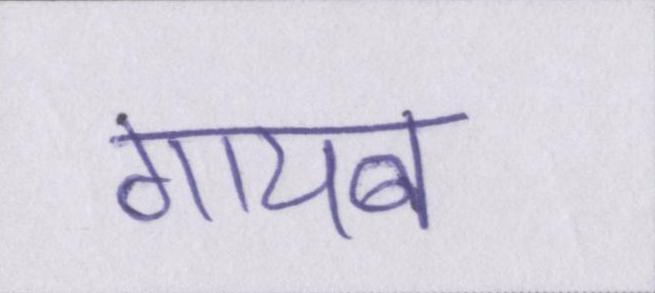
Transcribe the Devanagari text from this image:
गायब